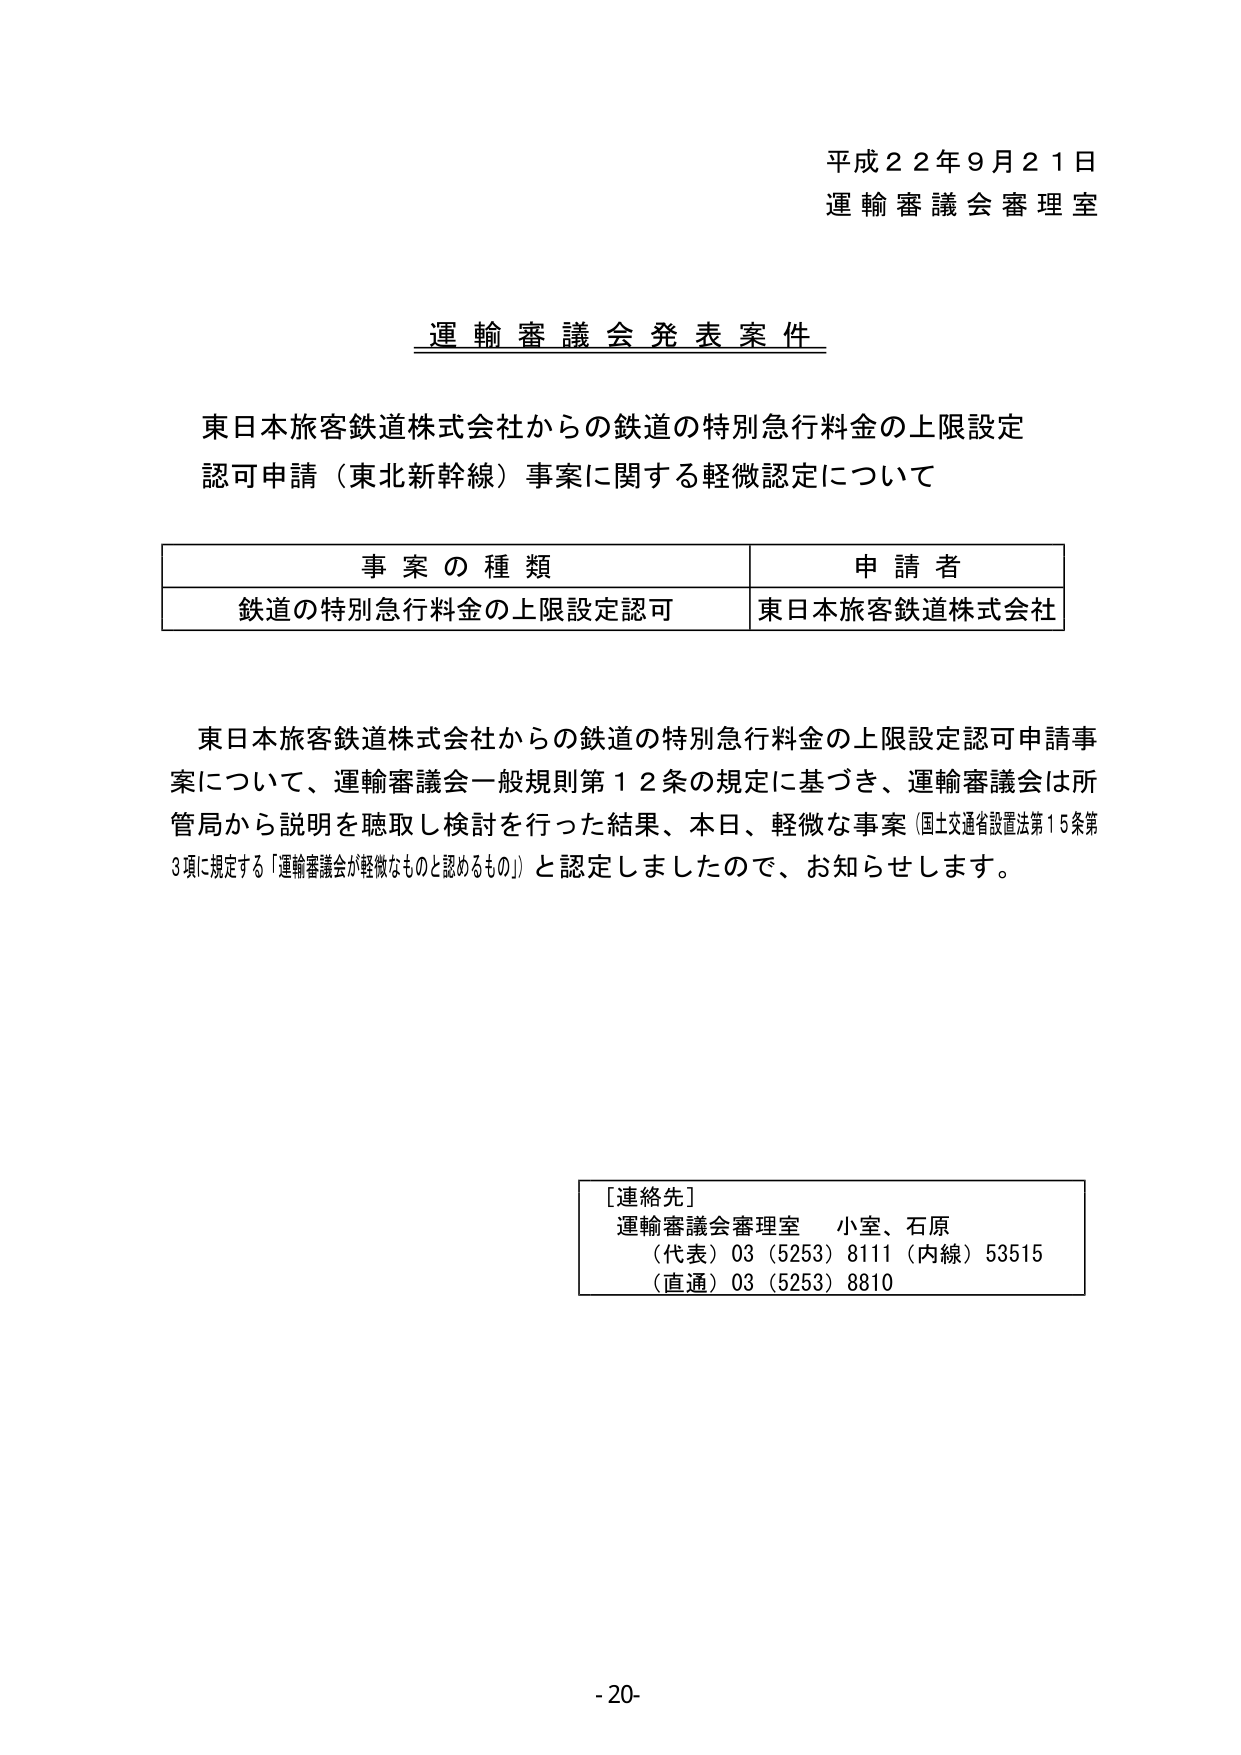
平成２２年９月２１日
運輸審議会審理室

運輸審議会発表案件

東日本旅客鉄道株式会社からの鉄道の特別急行料金の上限設定
認可申請（東北新幹線）事案に関する軽微認定について

| 事案の種類 | 申請者 |
|------------|--------|
| 鉄道の特別急行料金の上限設定認可 | 東日本旅客鉄道株式会社 |

東日本旅客鉄道株式会社からの鉄道の特別急行料金の上限設定認可申請事案について、運輸審議会一般規則第12条の規定に基づき、運輸審議会は所管局から説明を聴取し検討を行った結果、本日、軽微な事案（国土交通省設置法第15条第3項に規定する「運輸審議会が軽微なものと認めるもの」）と認定しましたので、お知らせします。

[連絡先]
運輸審議会審理室 小室、石原
（代表）03（5253）8111（内線）53515
（直通）03（5253）8810

- 20 -